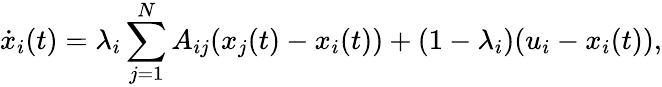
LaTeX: \dot{x}_{i}(t)=\lambda_{i}\sum_{j=1}^{N}A_{ij}(x_{j}(t)-x_{i}(t))+(1-\lambda_{i})(u_{i}-x_{i}(t)),